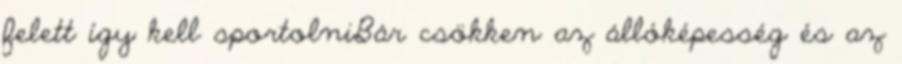
felett így kell sportolniBár csökken az állóképesség és az